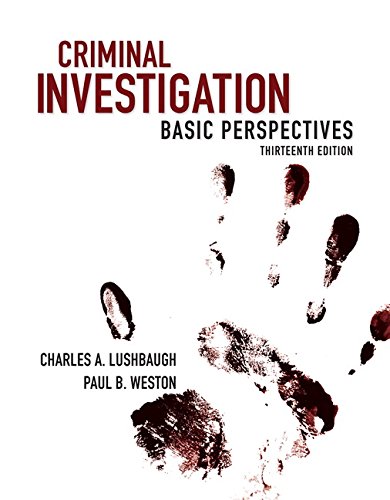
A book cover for Criminal Investigation: Basic Perspectives (13th Edition); Charles Lushbaugh; Law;